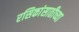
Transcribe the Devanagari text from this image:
रसिकांसाठीच्या